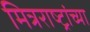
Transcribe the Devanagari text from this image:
मित्रराष्ट्रांच्या